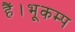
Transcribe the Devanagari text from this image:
हैं।भूकम्प